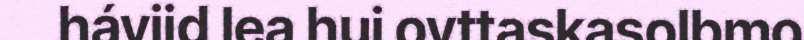
háviid lea hui ovttaskasolbmo